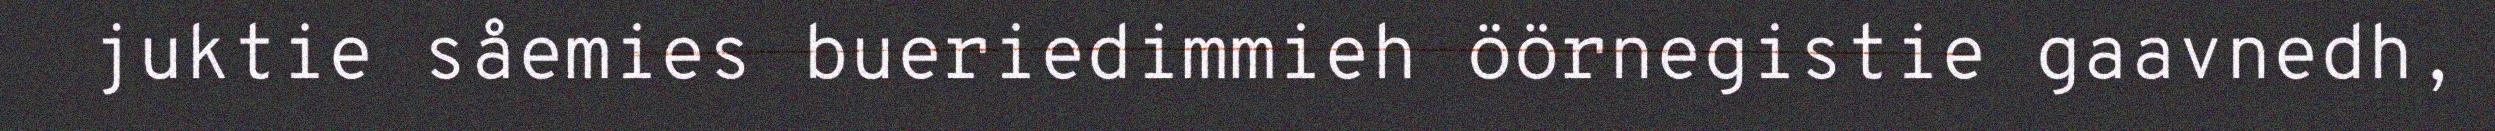
juktie såemies bueriedimmieh öörnegistie gaavnedh,